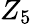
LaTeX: Z_{5}